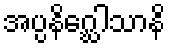
အပ္ပနိဂ္ဃေါသာနိ